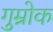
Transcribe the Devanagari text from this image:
गुम्रोक